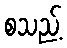
စသည့်